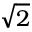
\sqrt { 2 }